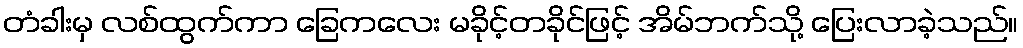
တံခါးမှ လစ်ထွက်ကာ ခြေကလေး မခိုင့်တခိုင်ဖြင့် အိမ်ဘက်သို့ ပြေးလာခဲ့သည်။